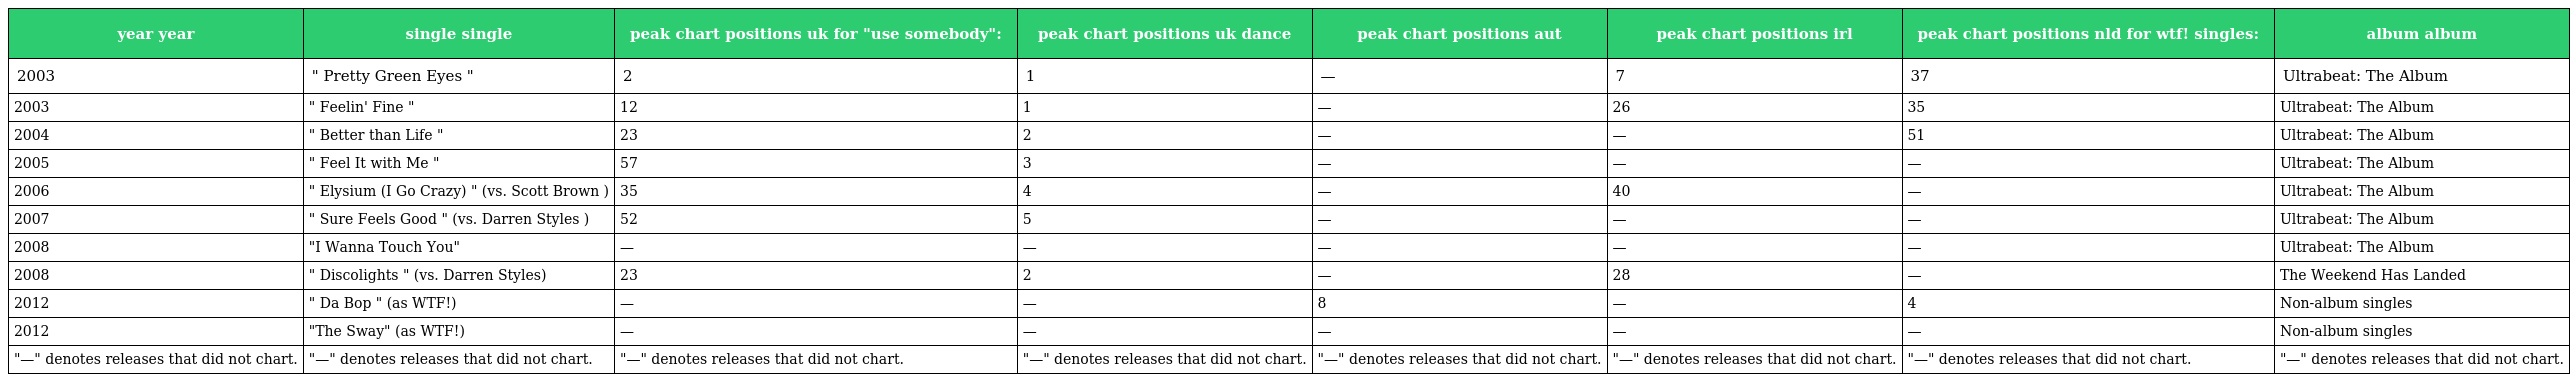
| year year | single single | peak chart positions uk for "use somebody": | peak chart positions uk dance | peak chart positions aut | peak chart positions irl | peak chart positions nld for wtf! singles: | album album |
 | --- | --- | --- | --- | --- | --- | --- | --- |
 | 2003 | " Pretty Green Eyes " | 2 | 1 | — | 7 | 37 | Ultrabeat: The Album |
 | 2003 | " Feelin' Fine " | 12 | 1 | — | 26 | 35 | Ultrabeat: The Album |
 | 2004 | " Better than Life " | 23 | 2 | — | — | 51 | Ultrabeat: The Album |
 | 2005 | " Feel It with Me " | 57 | 3 | — | — | — | Ultrabeat: The Album |
 | 2006 | " Elysium (I Go Crazy) " (vs. Scott Brown ) | 35 | 4 | — | 40 | — | Ultrabeat: The Album |
 | 2007 | " Sure Feels Good " (vs. Darren Styles ) | 52 | 5 | — | — | — | Ultrabeat: The Album |
 | 2008 | "I Wanna Touch You" | — | — | — | — | — | Ultrabeat: The Album |
 | 2008 | " Discolights " (vs. Darren Styles) | 23 | 2 | — | 28 | — | The Weekend Has Landed |
 | 2012 | " Da Bop " (as WTF!) | — | — | 8 | — | 4 | Non-album singles |
 | 2012 | "The Sway" (as WTF!) | — | — | — | — | — | Non-album singles |
 | "—" denotes releases that did not chart. | "—" denotes releases that did not chart. | "—" denotes releases that did not chart. | "—" denotes releases that did not chart. | "—" denotes releases that did not chart. | "—" denotes releases that did not chart. | "—" denotes releases that did not chart. | "—" denotes releases that did not chart. |